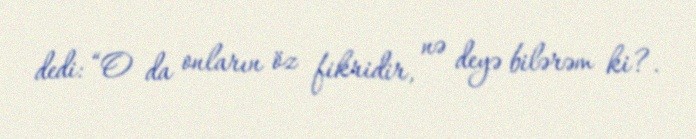
dedi: “O da onların öz fikridir, nə deyə bilərəm ki?.